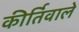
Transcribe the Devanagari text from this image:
कीर्तिवाले